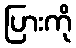
ပြားကို